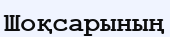
Шоқсарының